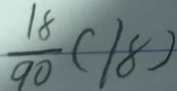
\frac { 1 8 } { 9 0 } ( 1 8 )